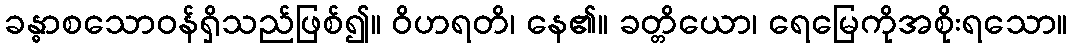
ခန္ဓာစသောဝန်ရှိသည်ဖြစ်၍။ ဝိဟရတိ၊ နေ၏။ ခတ္တိယော၊ ရေမြေကိုအစိုးရသော။